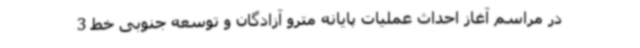
در مراسم آغاز احداث عملیات پایانه مترو آزادگان و توسعه جنوبی خط 3